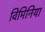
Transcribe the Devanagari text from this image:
विमिनिया